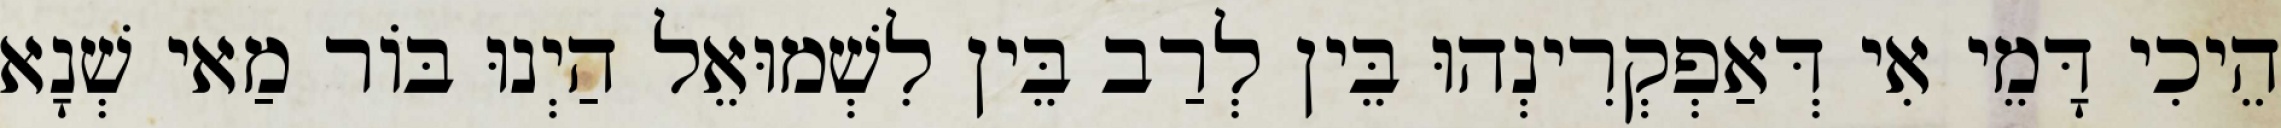
הֵיכִי דָּמֵי אִי דְּאַפְקְרִינְהוּ בֵּין לְרַב בֵּין לִשְׁמוּאֵל הַיְנוּ בּוֹר מַאי שְׁנָא